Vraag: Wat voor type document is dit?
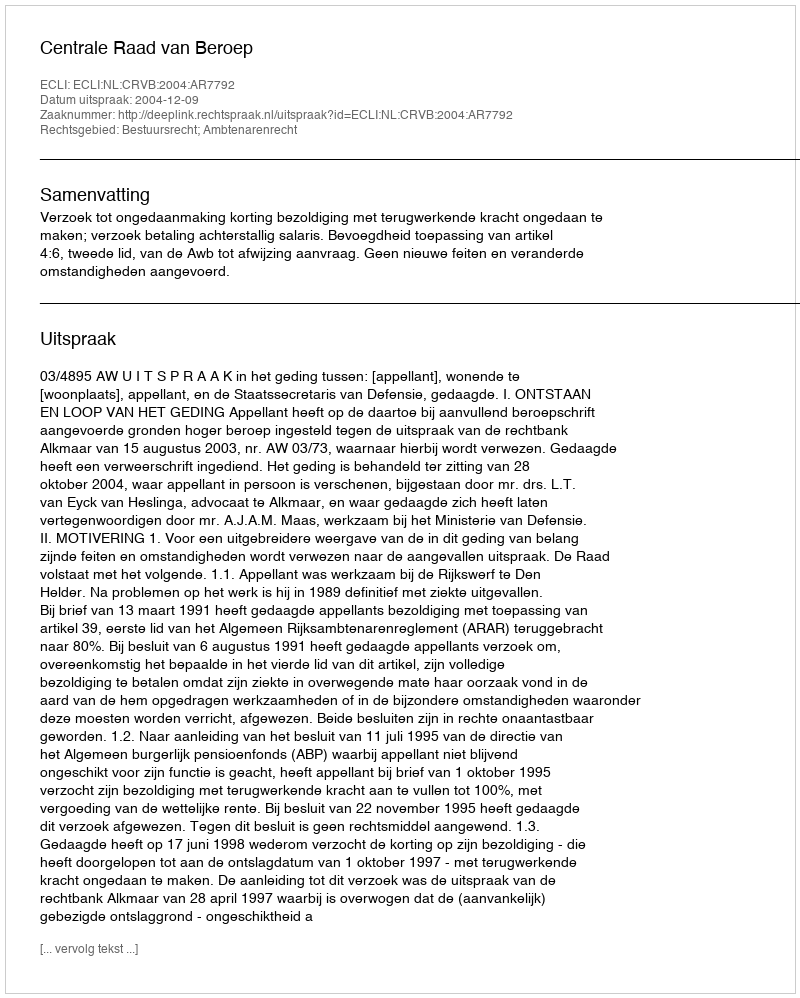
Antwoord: Uitspraak